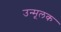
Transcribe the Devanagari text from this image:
उन्मूलक